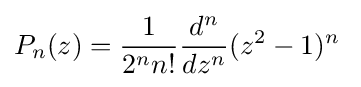
P_{n}(z)={\frac {1}{2^{n}n!}}{\frac {d^{n}}{dz^{n}}}(z^{2}-1)^{n}\;